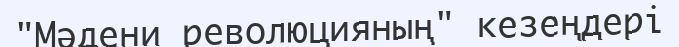
"Мәдени революцияның" кезеңдері